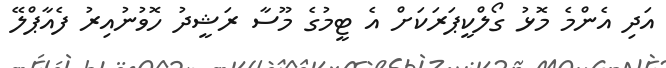
އަދި އެންމެ މޮޅު ގޯލްކީޕަރަކަށް އެ ޓީމުގެ މޫސާ ރަޝީދު ހޮވުނުއިރު ފެއާޕްލޭ